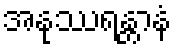
အနုဿရန္တာနံ